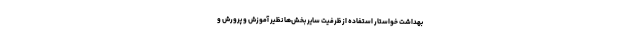
بهداشت خواستار استفاده از ظرفیت سایر بخش‌ها نظیر آموزش و پرورش و